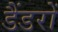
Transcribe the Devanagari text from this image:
डैंडरों